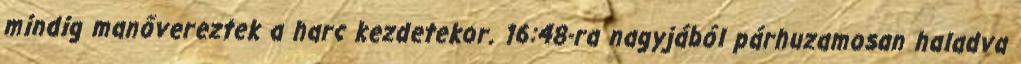
mindig manővereztek a harc kezdetekor. 16:48-ra nagyjából párhuzamosan haladva